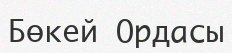
Бөкей Ордасы